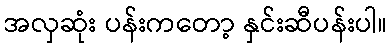
အလှဆုံး ပန်းကတော့ နှင်းဆီပန်းပါ။